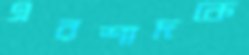
এরশাদকে